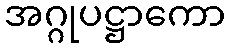
အဂ္ဂုပဋ္ဌာကော